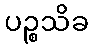
ပဉ္စသိခ